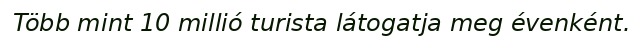
Több mint 10 millió turista látogatja meg évenként.